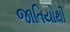
જાતિયોથી